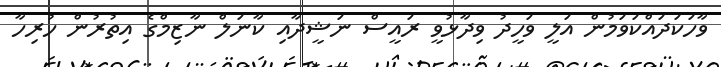
ވާހަކަދައްކަވަމުން އަލީ ވަހީދު ވިދާޅުވީ ރައީސް ނަޝީދާއި ކާނަލް ނާޒިމްގެ އިތުރުން ހުރިހާ